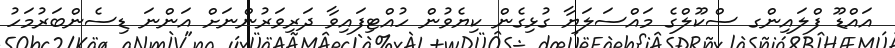
އައްޑޫ ފްލައިންގ ސްކޫލްގެ މައްސަލަޔާ ގުޅިގެން ކިޔެވުން ހުއްޓިފައިވާ ދަރިވަރުންނަށް އަންނަ ޑިސެންބަރުމަހު